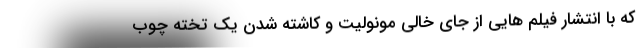
که با انتشار فیلم هایی از جای خالی مونولیت و کاشته شدن یک تخته چوب